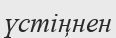
үстіңнен